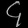
Digit: ၄